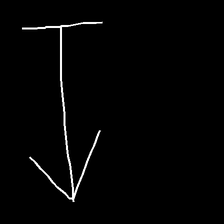
Glyph: levitation